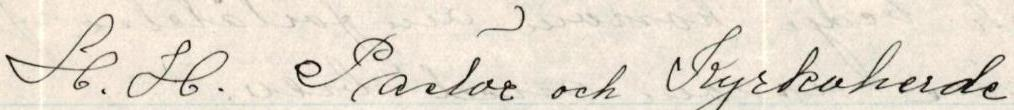
H.H. Pastor och Kyrkaherde